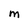
Character: M